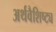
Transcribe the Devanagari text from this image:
अर्थवैशिष्ट्य